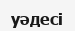
уәдесі